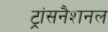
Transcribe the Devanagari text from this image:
ट्रांसनैशनल